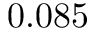
0 . 0 8 5